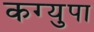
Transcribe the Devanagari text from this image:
कग्युपा